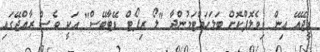
ޑީޖޭއޭ އިން ޑިވެލޮޕްކޮށް ބަލަހައްޓަމުންދާ "ލޯ ރިޕޯޓް ޑޭޓާބޭސް" އަކީ ވެސް ރާއްޖޭގައި